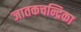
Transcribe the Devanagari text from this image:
जातकचन्द्रिका